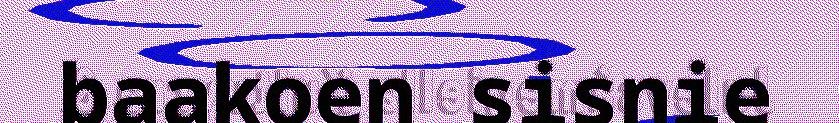
baakoen sisnie